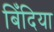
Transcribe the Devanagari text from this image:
बिँदिया